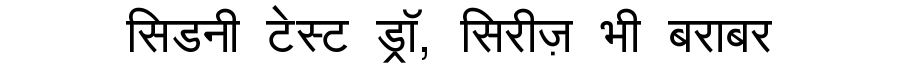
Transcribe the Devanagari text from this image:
सिडनी टेस्ट ड्रॉ, सिरीज़ भी बराबर